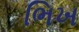
ભિખ